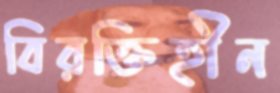
বিরক্তিহীন